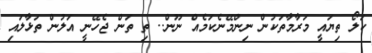
ކަލޯ ތިޔައީ މަރާމާތަކުން ނިންމޭނެކަމެއް ނޫން.. ތި ތަން ޖެހޭނީ އަލުން ތަޅާލައި